Report on vaccination North-West Frontier Province 1904-1922 - 1904-1922
Year: 1904
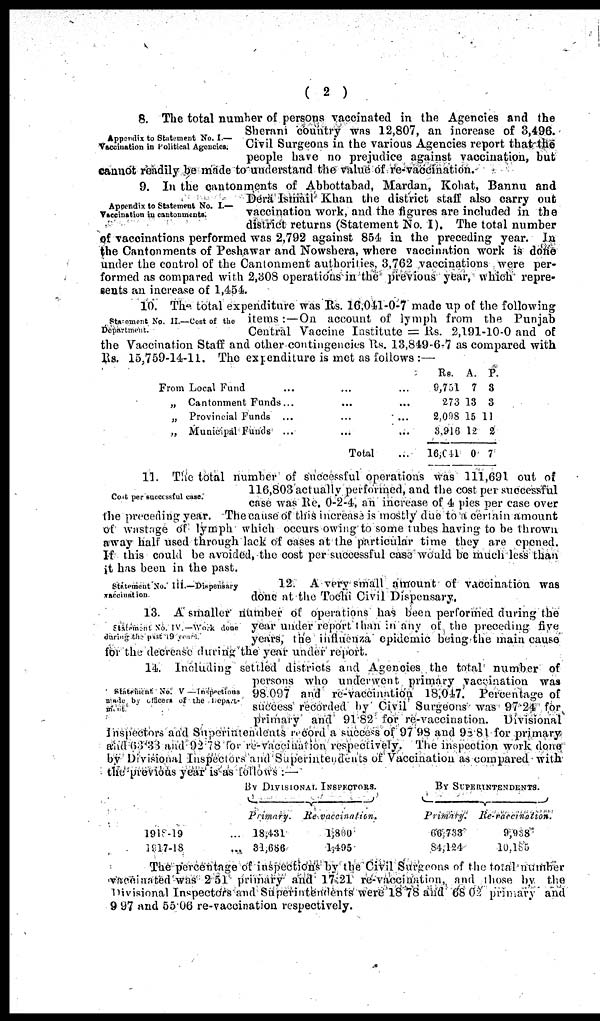
( 2 )
Appendix to Statement No. I.—
Vaccination in Political Agencies.
8. The total number of persons vaccinated in the Agencies and the
Sherani country was 12,807, an increase of 3,496.
Civil Surgeons in the various Agencies report that the
people have no prejudice against vaccination, but
cannot readily be made to understand the value of re-vaccination.
Appendix to Statement No. I.—
Vaccination in cantonments.
9. In the cantonments of Abbottabad, Mardan, Kohat, Bannu and
Dera Ismail Khan the district staff also carry out
vaccination work, and the figures are included in the
district returns (Statement No. I). The total number
of vaccinations performed was 2,792 against 854 in the preceding year In
the Cantonments of Peshawar and Nowshera, where vaccination work is done
under the control of the Cantonment authorities, 3,762 vaccinations were per-
formed as compared with 2,308 operations in the previous year, which repre-
sents an increase of 1,454.
Statement No. II.—Cost of the
Department.
10. The total expenditure was Rs. 16,041-0-7 made up of the following
items : — On account of lymph from the Punjab
Central Vaccine Institute = Rs. 2,191-10-0 and of
the Vaccination Staff and other contingencies Rs. 13,849-6-7 as compared with
Rs. 15,759-14-11. The expenditure is met as follows :—
From Local Fund ... ... ...
„ Cantonment Funds... ... ...
„ Provincial Funds ... ... ...
„ Municipal Funds ... ... ...
Total ...
Rs.
9,751
273
2,098
3,916
16,041
A.
7
13
15
12
0
P.
3
3
11
2
7
Cost per successful cases.
11. The total number of successful operations was 111,691 out of
116,803 actually performed, and the cost per successful
case was Re. 0-2-4, an increase of 4 pies per case over
the preceding year. The cause of this increase is mostly due to a certain amount
of wastage of lymph which occurs owing to some tubes having to be thrown
away half used through lack of cases at the particular time they are opened.
If this could be avoided, the cost per successful case would be much less than
it has been in the past.
Statement No. III.—Dispensary
vaccination.
12. A very small amount of vaccination was
done at the Tochi Civil Dispensary.
Statement No. IV.—Work done
during the past 19 years.
13. A smaller number of operations has been performed during the
year under report than in any of the preceding five
years, the influenza epidemic being the main cause
for the decrease during the year under report.
Statement No. V —Inspections
made by officers of the Depart¬
ment.
14. Including settled districts and Agencies the total number of
persons who underwent primary vaccination was
98.097 and re-vaccination 18,047. Percentage of
success recorded by Civil Surgeons was 97.24 for
primary and 91 82 for re-vaccination. Divisional
inspectors and Superintendents record a success of 97.98 and 98.81 for primary
and 63.33 and 92.78 for re-vaccination respectively. The inspection work done;
by Divisional Inspectors and Superintendents of Vaccination as compared with
the-previous year is as follows :—
1918-19
1917-18
BY DIVISIONAL INSPECTORS.
Primary.
... 18,431
... 31,686
Re-vaccination.
1,800
1,495
BY SUPERINTENDEVTS.
Primary.
66,733
84,124
Re-vaccination.
9,938
10,185
The percentage of inspections by the Civil Surgeons of the total number
vaccinated was 2.51 primary and 17.21 re-vaccination, and those by the
Divisional Inspectors and Superintendents were 18.78 and 68.02 primary and
9.97 and 55.06 re-vaccination respectively.